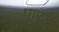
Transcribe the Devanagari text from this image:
पारडं